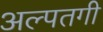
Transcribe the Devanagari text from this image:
अल्पतगी